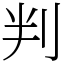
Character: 判